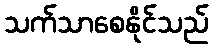
သက်သာစေနိုင်သည်